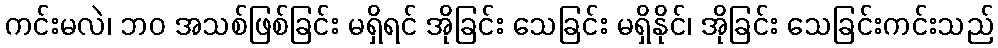
ကင်းမလဲ၊ ဘဝ အသစ်ဖြစ်ခြင်း မရှိရင် အိုခြင်း သေခြင်း မရှိနိုင်၊ အိုခြင်း သေခြင်းကင်းသည်